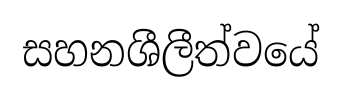
සහනශීලීත්වයේ